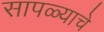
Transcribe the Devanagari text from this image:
सापळ्याचे